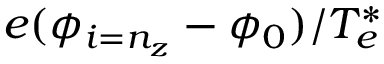
e ( \phi _ { i = n _ { z } } - \phi _ { 0 } ) / T _ { e } ^ { * }